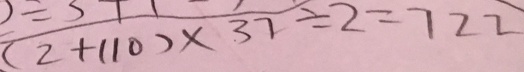
( 2 + 1 1 0 ) \times 3 7 \div 2 = 7 2 2